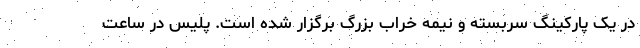
در یک پارکینگ سربسته و نیمه خراب بزرگ برگزار شده است. پلیس در ساعت